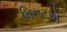
મિનટએ